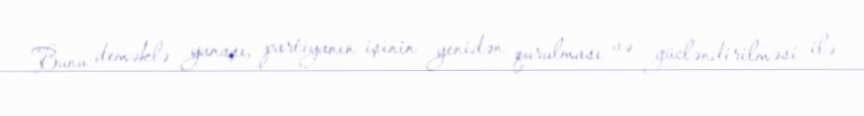
Bunu deməklə yanaşı, partiyanın işinin yenidən qurulması və gücləndirilməsi ilə